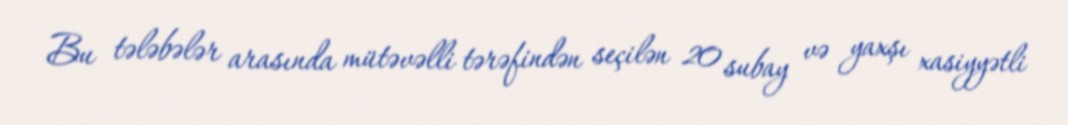
Bu tələbələr arasında mütəvəlli tərəfindən seçilən 20 subay və yaxşı xasiyyətli